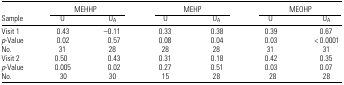
|  | <COLSPAN=2> MEHHP | <COLSPAN=2> MEHP | <COLSPAN=2> MEOHP |
 | Sample | U | UA | U | UA | U | UA |
 | --- | --- | --- | --- | --- | --- | --- |
 | Visit 1 | 0.43 | −0.11 | 0.33 | 0.38 | 0.39 | 0.67 |
 | p-Value | 0.02 | 0.57 | 0.08 | 0.04 | 0.03 | < 0.0001 |
 | No. | 31 | 28 | 28 | 28 | 31 | 31 |
 | Visit 2 | 0.50 | 0.43 | 0.31 | 0.18 | 0.42 | 0.35 |
 | p-Value | 0.005 | 0.02 | 0.27 | 0.51 | 0.03 | 0.07 |
 | No. | 30 | 30 | 15 | 28 | 28 | 28 |